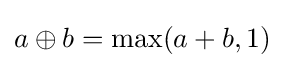
a\oplus b=\max(a+b,1)